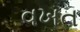
વખત